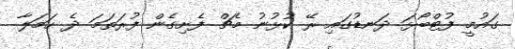
ގައުމީ ފުޓްބޯޅަ ދަނޑުގައި ރޭ ކުޅުނު މެޗް ފެށިގެން ފުރަތަމަ ދެ ހަމަލާ